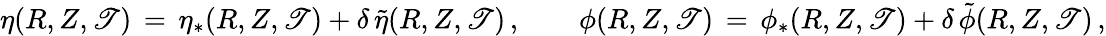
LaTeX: \eta(R,Z,\mathscr{T})\, =\, \eta_{*}(R,Z,\mathscr{T})+\delta\, \tilde{{\eta}}(R,Z,\mathscr{T})\, ,\qquad\phi(R,Z,\mathscr{T})\, =\, \phi_{*}(R,Z,\mathscr{T})+\delta\, \tilde{{\phi}}(R,Z,\mathscr{T})\, ,